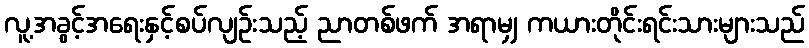
လူ့အခွင့်အရေးနှင့်စပ်လျဉ်းသည့် ညာတစ်ဖက် အရာမျှ ကယားတိုင်းရင်းသားများသည်